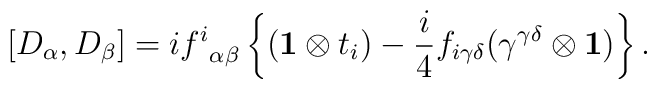
[D_\alpha,D_\beta]=i{f^i}_{\alpha\beta}\left\{\bigl({\bf 1}\otimes t_i\bigr) - {i\over 4}f_{i\gamma\delta}\bigl(\gamma^{\gamma\delta}\otimes{\bf 1}\bigr)\right\}.